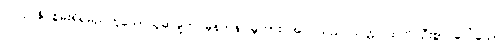
ပြုလုပ်နိုင်စွမ်းရှိရမည်ဟူသောယူဆချက် မှန်ကန်ပါမူကား အပင်သည် သတ္တဝါထက် ဦးစွာ ပေါ်သော